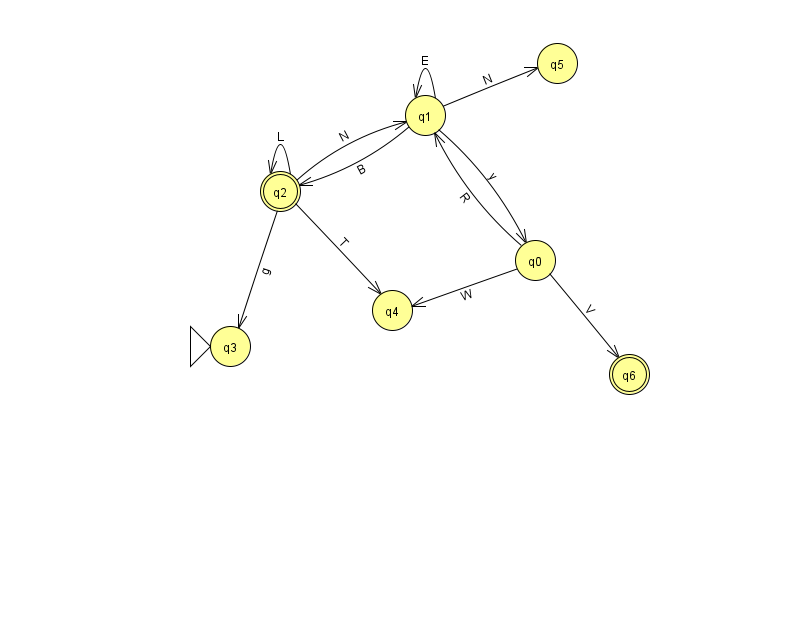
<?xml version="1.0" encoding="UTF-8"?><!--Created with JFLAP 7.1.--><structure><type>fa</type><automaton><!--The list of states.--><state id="0" name="q0"><x>535.0</x><y>247.0</y></state><state id="1" name="q1"><x>425.0</x><y>102.0</y></state><state id="2" name="q2"><x>280.0</x><y>178.0</y><final/></state><state id="3" name="q3"><x>230.0</x><y>333.0</y><initial/></state><state id="4" name="q4"><x>392.0</x><y>297.0</y></state><state id="5" name="q5"><x>557.0</x><y>50.0</y></state><state id="6" name="q6"><x>629.0</x><y>361.0</y><final/></state><!--The list of transitions.--><transition><from>0</from><to>4</to><read>W</read></transition><transition><from>2</from><to>4</to><read>T</read></transition><transition><from>1</from><to>0</to><read>y</read></transition><transition><from>1</from><to>1</to><read>E</read></transition><transition><from>2</from><to>1</to><read>N</read></transition><transition><from>0</from><to>6</to><read>V</read></transition><transition><from>2</from><to>3</to><read>g</read></transition><transition><from>1</from><to>2</to><read>B</read></transition><transition><from>1</from><to>5</to><read>N</read></transition><transition><from>2</from><to>2</to><read>L</read></transition><transition><from>0</from><to>1</to><read>R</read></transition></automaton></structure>